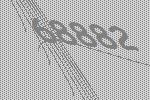
68882